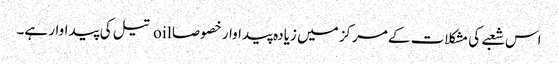
اس شعبے کی مشکلات کے مرکز میں زیادہ پیداوار خصوصا oil تیل کی پیداوار ہے۔